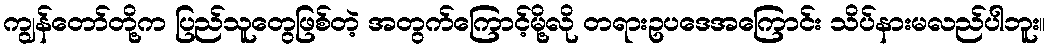
ကျွန်တော်တို့က ပြည်သူတွေဖြစ်တဲ့ အတွက်ကြောင့်မို့လို တရားဥပဒေအကြောင်း သိပ်နားမလည်ပါဘူး။